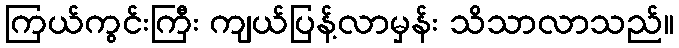
ကြယ်ကွင်းကြီး ကျယ်ပြန့်လာမှန်း သိသာလာသည်။